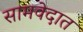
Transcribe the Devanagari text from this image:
सामवेदात